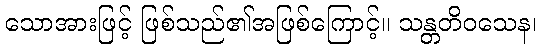
သောအားဖြင့် ဖြစ်သည်၏အဖြစ်ကြောင့်။ သန္တတိဝသေန၊